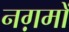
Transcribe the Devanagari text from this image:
नग़मों